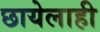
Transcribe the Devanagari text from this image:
छायेलाही